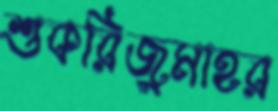
শুকরিজুমাহর